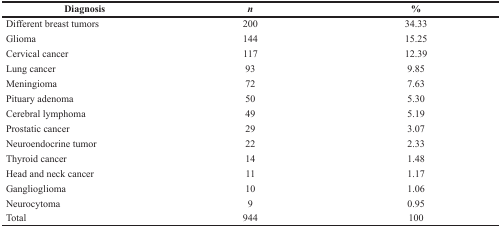
<table><thead><tr><td><b>Diagnosis</b></td><td><b><i>n</i></b></td><td><b>%</b></td></tr></thead><tbody><tr><td>Different breast tumors</td><td>200</td><td>34.33</td></tr><tr><td>Glioma</td><td>144</td><td>15.25</td></tr><tr><td>Cervical cancer</td><td>117</td><td>12.39</td></tr><tr><td>Lung cancer</td><td>93</td><td>9.85</td></tr><tr><td>Meningioma</td><td>72</td><td>7.63</td></tr><tr><td>Pituary adenoma</td><td>50</td><td>5.30</td></tr><tr><td>Cerebral lymphoma</td><td>49</td><td>5.19</td></tr><tr><td>Prostatic cancer</td><td>29</td><td>3.07</td></tr><tr><td>Neuroendocrine tumor</td><td>22</td><td>2.33</td></tr><tr><td>Thyroid cancer</td><td>14</td><td>1.48</td></tr><tr><td>Head and neck cancer</td><td>11</td><td>1.17</td></tr><tr><td>Ganglioglioma</td><td>10</td><td>1.06</td></tr><tr><td>Neurocytoma</td><td>9</td><td>0.95</td></tr><tr><td>Total</td><td>944</td><td>100</td></tr></tbody></table>